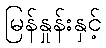
မြန်နှုန်းနှင့်